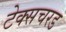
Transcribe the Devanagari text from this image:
टेक्सचरड